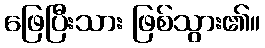
ဖြေပြီးသား ဖြစ်သွား၏။